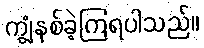
ကျွံနစ်ခဲ့ကြရပါသည်။